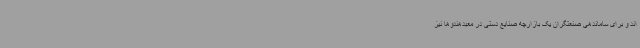
اند و برای ساماندهی صنعتگران یک بازارچه صنایع دستی در معبدهندوها نیز